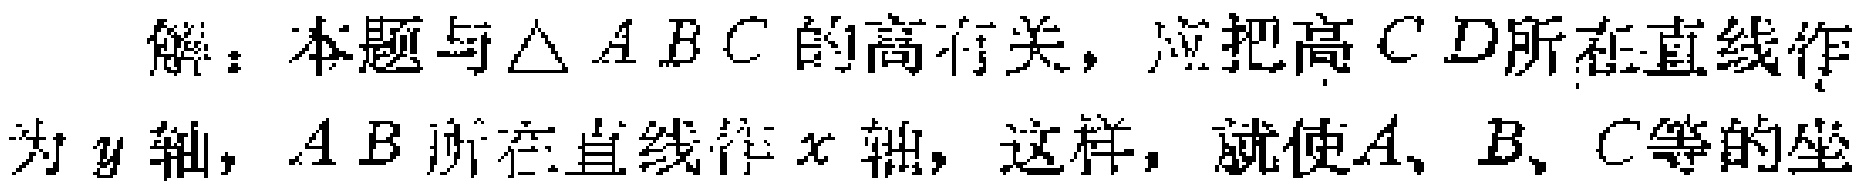
解：本题与$\triangle ABC$的高有关，应把高$CD$所在直线作为$y$轴，$AB$所在直线作$x$轴，这样，就使$A、B、C$等的坐